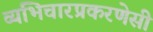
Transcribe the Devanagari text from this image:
व्यभिचारप्रकरणेसी